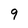
Character: 9